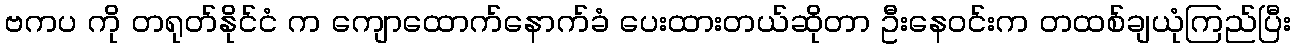
ဗကပ ကို တရုတ်နိုင်ငံ က ကျောထောက်နောက်ခံ ပေးထားတယ်ဆိုတာ ဦးနေဝင်းက တထစ်ချယုံကြည်ပြီး